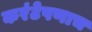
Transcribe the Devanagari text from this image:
करंटेपणाच